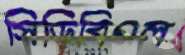
সিডিবিএল